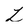
Character: L